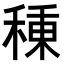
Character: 𥠗